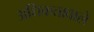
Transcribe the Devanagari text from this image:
अधिकतावाले